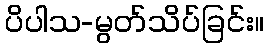
ပိပါသ-မွတ်သိပ်ခြင်း။